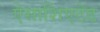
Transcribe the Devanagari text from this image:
ऐसाशिएटेड